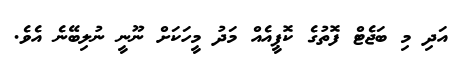
އަދި މި ބަޖެޓް ފޮތުގެ ކޮޕީއެއް މަދު މީހަކަށް ނޫނީ ނުލިބޭނެ އެވެ.